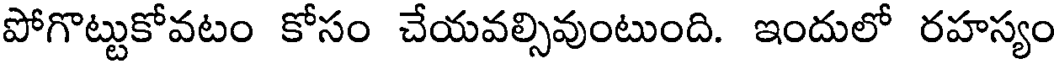
పోగొట్టుకోవటం కోసం చేయవల్సివుంటుంది. ఇందులో రహస్యం